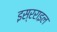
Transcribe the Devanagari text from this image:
इस्रराइल